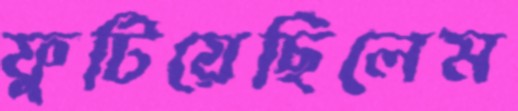
ফুটিয়েছিলেম